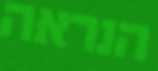
הנראה